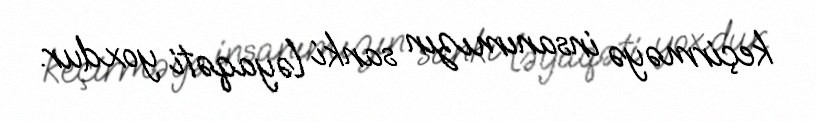
keçirməyə insanımızın sanki ləyaqəti yoxdur.